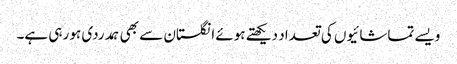
ویسے تماشائیوں کی تعداد دیکھتے ہوئے انگلستان سے بھی ہمدردی ہو رہی ہے۔